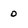
Character: 0